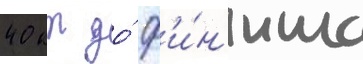
40 км до́ ф'и́н'иша